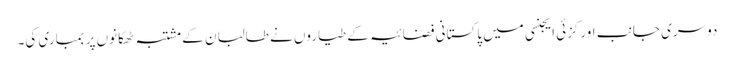
دوسری جانب اورکزئی ایجنسی میں پاکستانی فضائیہ کے طیاروں نے طالبان کے مشتبہ ٹھکانوں پر بمباری کی۔